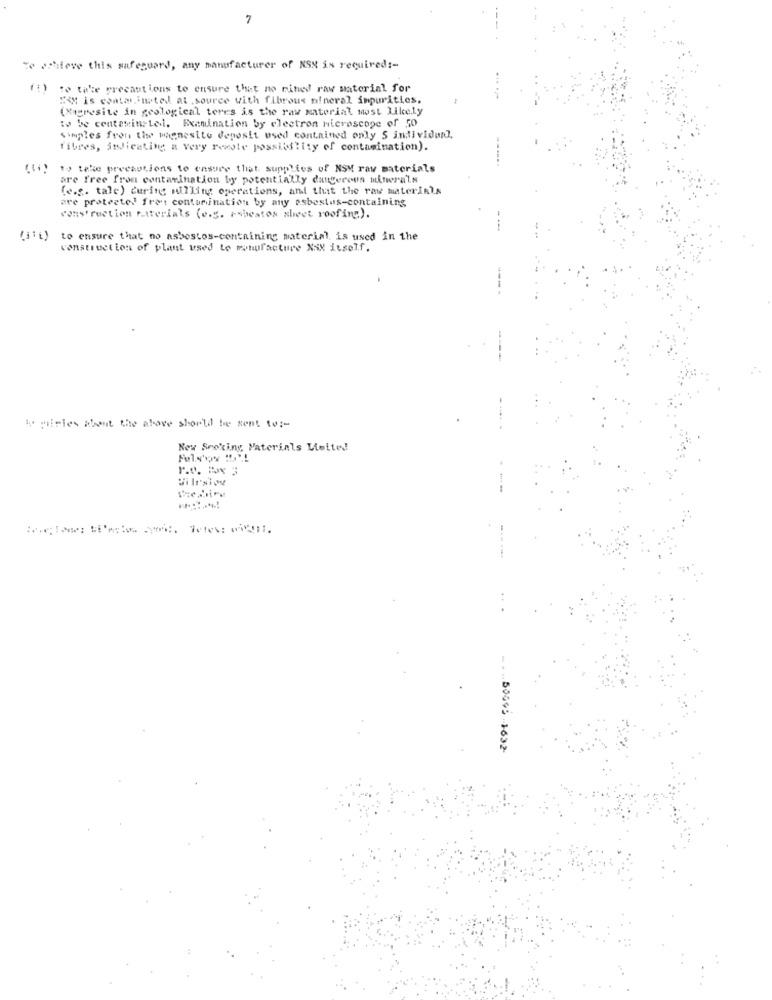
7
Te pieve this safeguard, any manufacturer of NSM is required :-
fi) to take precautions to ensure that no rihed raw material for
" is contarjmetel at .source with fibrous mineral impurities.
(Migresite in geological teres is the raw material most Likely
to be contaminated. Examination by electron microscope of 50
simples fron the magnesite deposit used contained only 5 individunl,
fibres, indicating a very reeste possibility of contamination).
-..
to take precautions to ensure that. supplies of NSM raw materials
are free from contarination by potentially datterous minera'ls
(e.g. tale) during milling operations, and that the raw materials
are protected fran contarination by any asbestos-containing
construction ratterials (e.g. rabeatos slivet roofing).
(111)
to ensure that no asbestos-containing material, is used in the
construction of plant used to manufacture XXX itself.
is pirles about the above should be sent to :-
Nex Seeking Materials Limited
Fuls'oy !!!
.. .. 50999 -1632